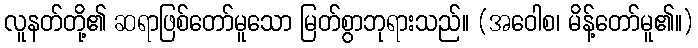
လူနတ်တို့၏ ဆရာဖြစ်တော်မူသော မြတ်စွာဘုရားသည်။ (အဝေါစ၊ မိန့်တော်မူ၏။)